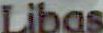
Libas